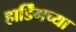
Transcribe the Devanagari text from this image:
हार्डिंगच्या